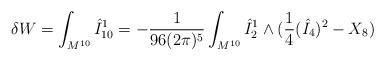
LaTeX: \begin{align*}\delta W = \int_{M^{10}} \hat{I}^1_{10} = - \frac{1}{96(2\pi)^5} \int_{M^{10}} \hat{I}^1_2 \wedge (\frac{1}{4} (\hat{I}_4)^2 - X_8)\end{align*}